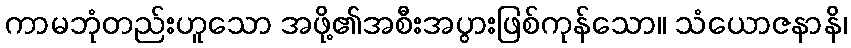
ကာမဘုံတည်းဟူသော အဖို့၏အစီးအပွားဖြစ်ကုန်သော။ သံယောဇနာနိ၊